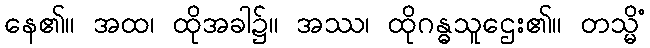
နေ၏။ အထ၊ ထိုအခါ၌။ အဿ၊ ထိုဂန္ဓသူဌေး၏။ တသ္မိံ